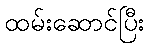
ထမ်းဆောင်ပြီး